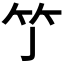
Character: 𥫘